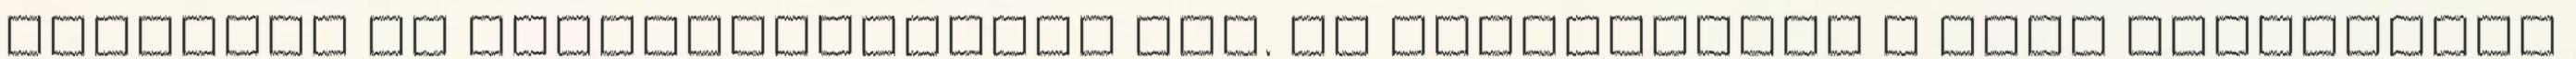
egyetemi év szemeszterekből áll. Az egyetemeken a téli szemeszter